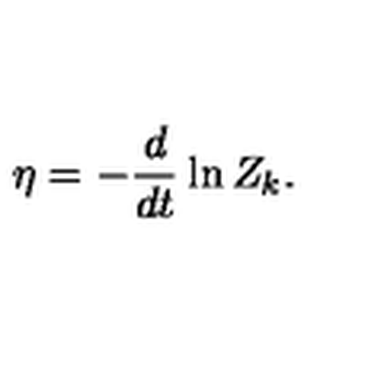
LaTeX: \eta = - \frac { d } { d t } \ln { Z _ { k } } .